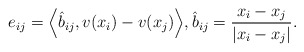
\begin{align*}e_{ij} = \Big\langle \hat{b}_{ij}, v(x_i) - v(x_j)\Big\rangle, \hat{b}_{ij} = \frac{x_i - x_j}{|x_i - x_j|}.\end{align*}